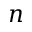
n